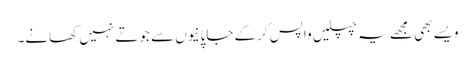
ویسے بھی مجھے یہ چپلیں واپس کرکے جاپانیوں سے جوتے نہیں کھانے۔